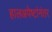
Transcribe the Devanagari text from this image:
हालअपेष्टांनंतर